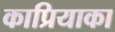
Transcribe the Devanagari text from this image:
काप्रियाका